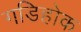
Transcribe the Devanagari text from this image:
गडिहोक